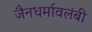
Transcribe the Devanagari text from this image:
जैनधर्मावलंबी